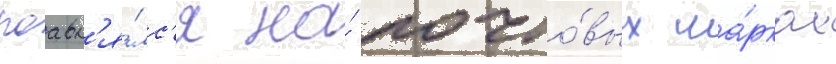
поавл'я́лс'я на́ почто́вых ма́рках